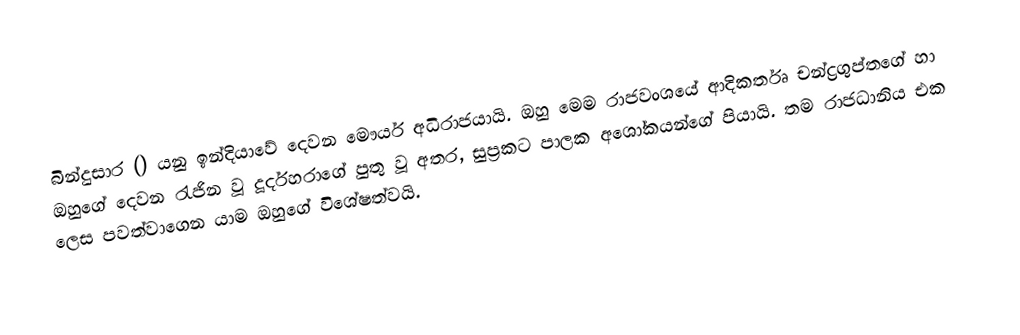
බින්දුසාර () යනු ඉන්දියාවේ දෙවන මෞර්ය අධිරාජයායි. ඔහු මෙම රාජවංශයේ ආදිකර්තෘ චන්ද්‍රගුප්තගේ හා ඔහුගේ දෙවන රැජින වූ දූර්දහරාගේ පුතු වූ අතර, සුප්‍රකට පාලක අශෝකයන්ගේ පියායි. තම  රාජධානිය එක ලෙස පවත්වාගෙන යාම ඔහුගේ විශේෂත්වයි.